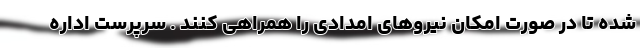
شده تا در صورت امکان نیروهای امدادی را همراهی کنند . سرپرست اداره